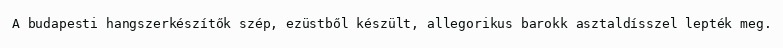
A budapesti hangszerkészítők szép, ezüstből készült, allegorikus barokk asztaldísszel lepték meg.